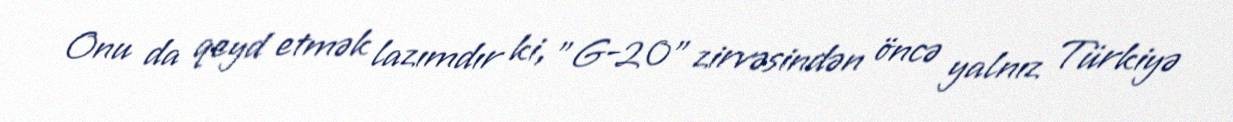
Onu da qeyd etmək lazımdır ki, "G-20" zirvəsindən öncə yalnız Türkiyə